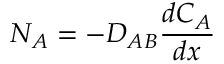
N _ { A } = - D _ { A B } { \frac { d C _ { A } } { d x } }